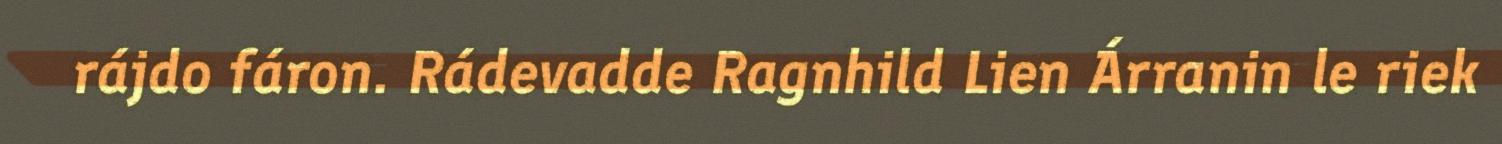
rájdo fáron. Rádevadde Ragnhild Lien Árranin le riek